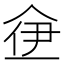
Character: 鿗